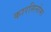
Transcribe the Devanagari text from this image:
कारसिनोमा